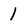
Character: 1